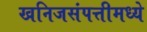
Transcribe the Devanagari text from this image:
खनिजसंपत्तीमध्ये